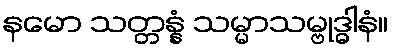
နမော သတ္တန္နံ သမ္မာသမ္ဗုဒ္ဓါနံ။